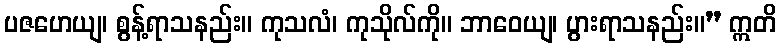
ပဇဟေယျ၊ စွန့်ရာသနည်း။ ကုသလံ၊ ကုသိုလ်ကို။ ဘာဝေယျ၊ ပွားရာသနည်း။” ဣတိ